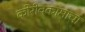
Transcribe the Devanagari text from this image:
कोरीवकामाचा